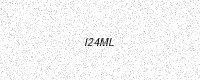
Text: I24ML